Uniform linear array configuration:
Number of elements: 32
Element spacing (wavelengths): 0.5
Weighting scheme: hamming
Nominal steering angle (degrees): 0
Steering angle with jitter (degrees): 0.333
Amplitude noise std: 0.05
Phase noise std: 0.05

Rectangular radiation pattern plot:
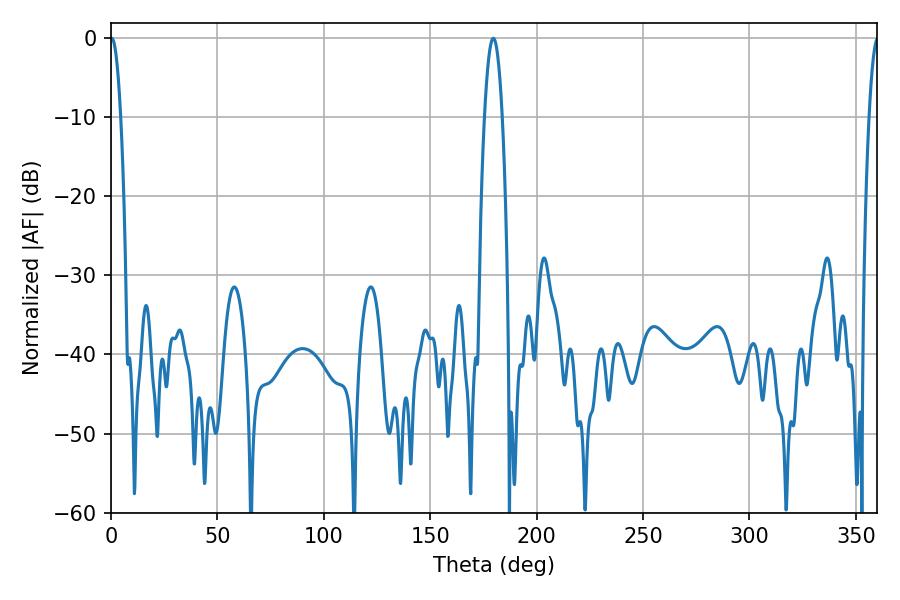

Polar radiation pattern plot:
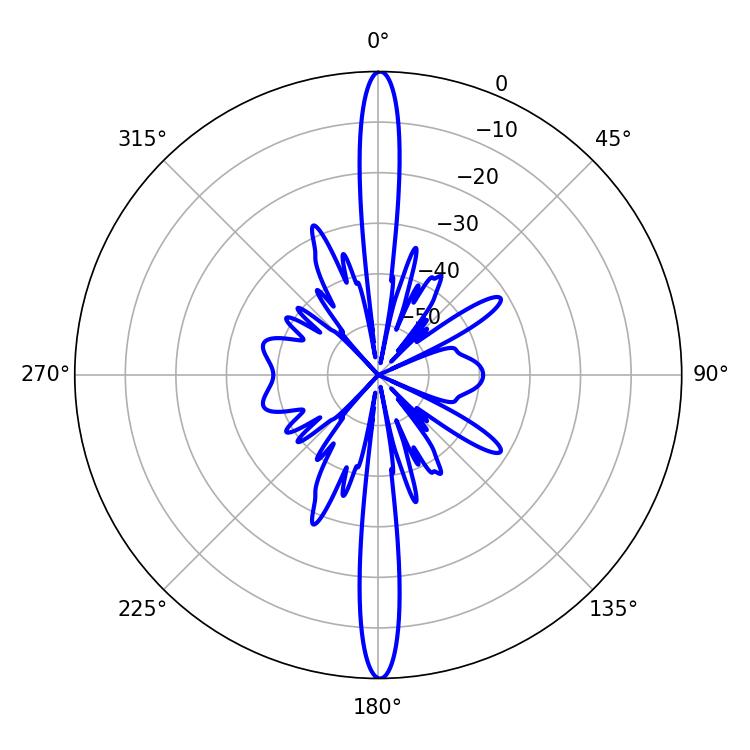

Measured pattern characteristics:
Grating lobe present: FALSE
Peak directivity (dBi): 32.995
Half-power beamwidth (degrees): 2.7
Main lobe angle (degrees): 0.36